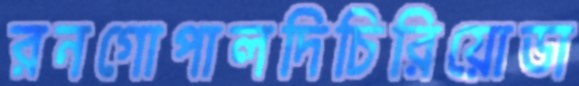
রনগোপালদিচিরিয়োডা